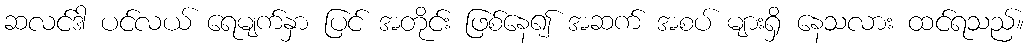
ဆလင်ဒါ ပင်လယ် ရေမျက်နှာ ပြင် အတိုင်း ဖြစ်နေ၍ အဆက် အစပ် များရှိ နေသလား ထင်ရသည်။